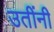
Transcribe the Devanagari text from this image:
उतींनी